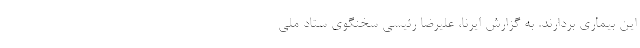
این بیماری بردارند. به گزارش ایرنا، علیرضا رئیسی سخنگوی ستاد ملی